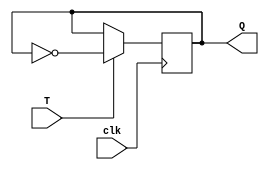
module T_flip_flop (
    input wire T,
    input wire clk,
    output reg Q
);

always @(posedge clk) begin
    if (T == 1'b1) begin
        Q <= ~Q;
    end
end

endmodule